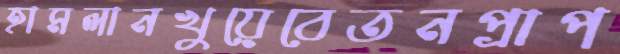
হামলানখুয়েবেতনপ্রাপ